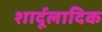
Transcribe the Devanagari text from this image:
शार्दूलादिक